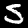
Label: 5